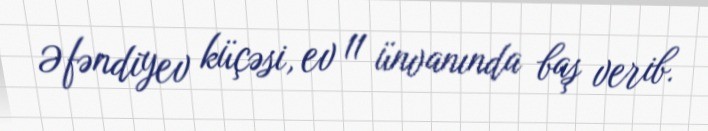
Əfəndiyev küçəsi, ev 11 ünvanında baş verib.